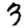
Digit: 3